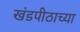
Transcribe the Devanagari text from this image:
खंडपीठाच्या